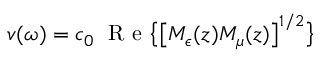
v ( \omega ) = c _ { 0 } \; \mathrm { ~ R ~ e ~ } \big \{ \big [ M _ { \epsilon } ( z ) M _ { \mu } ( z ) \big ] ^ { 1 / 2 } \big \}